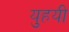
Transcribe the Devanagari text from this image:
युहयी